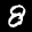
Label: 8